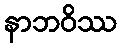
နာဘဝိဿ